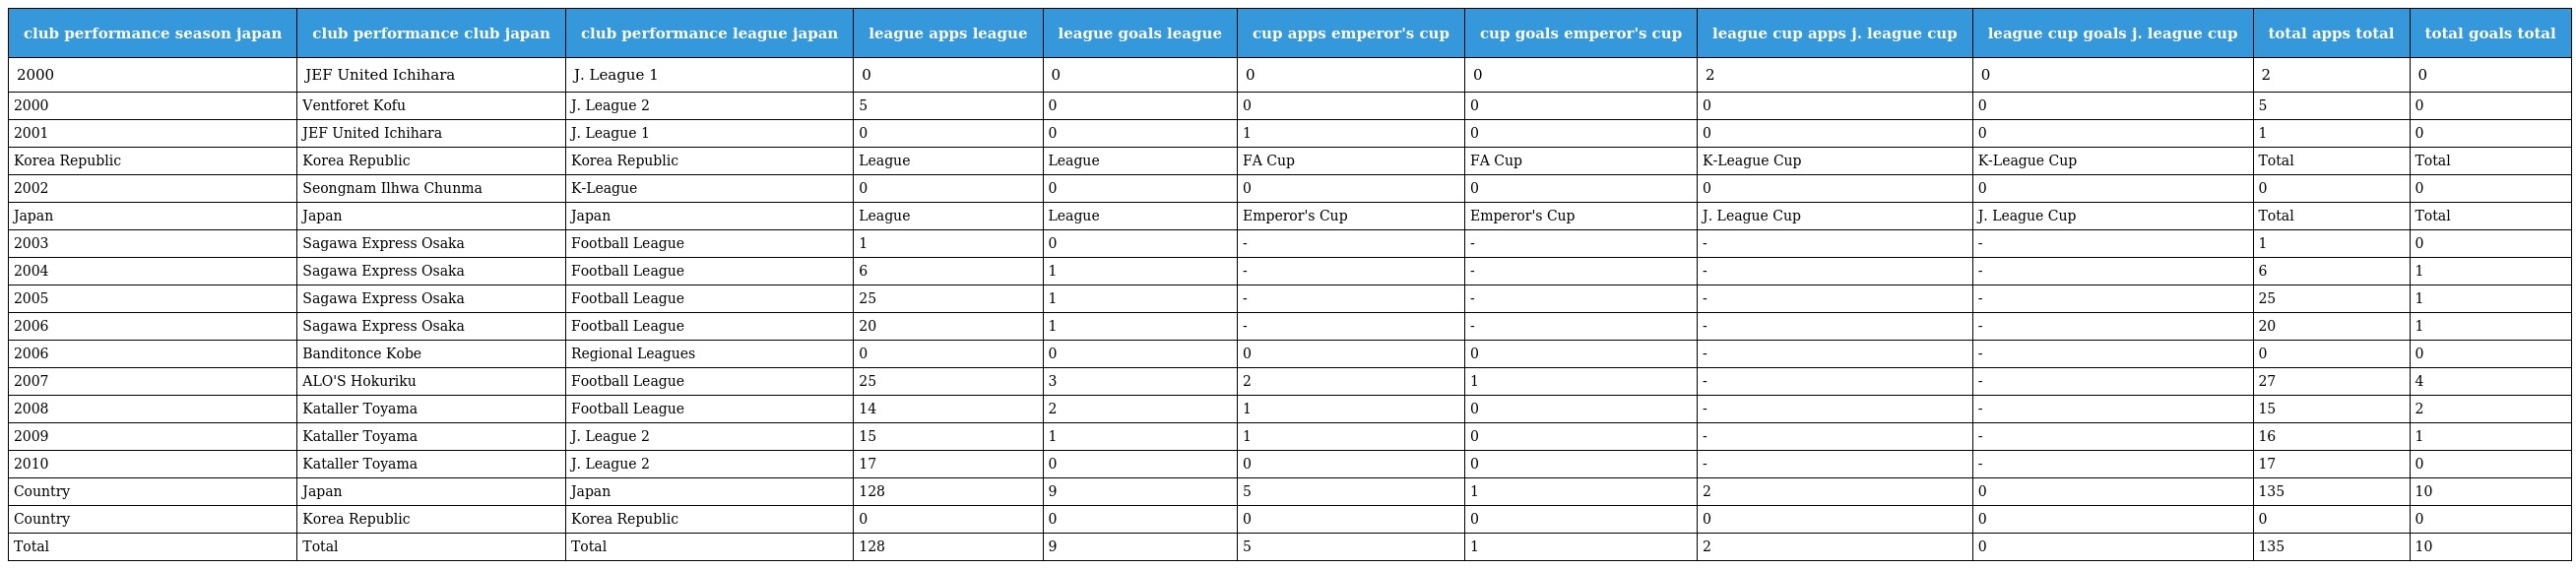
| club performance season japan | club performance club japan | club performance league japan | league apps league | league goals league | cup apps emperor's cup | cup goals emperor's cup | league cup apps j. league cup | league cup goals j. league cup | total apps total | total goals total |
 | --- | --- | --- | --- | --- | --- | --- | --- | --- | --- | --- |
 | 2000 | JEF United Ichihara | J. League 1 | 0 | 0 | 0 | 0 | 2 | 0 | 2 | 0 |
 | 2000 | Ventforet Kofu | J. League 2 | 5 | 0 | 0 | 0 | 0 | 0 | 5 | 0 |
 | 2001 | JEF United Ichihara | J. League 1 | 0 | 0 | 1 | 0 | 0 | 0 | 1 | 0 |
 | Korea Republic | Korea Republic | Korea Republic | League | League | FA Cup | FA Cup | K-League Cup | K-League Cup | Total | Total |
 | 2002 | Seongnam Ilhwa Chunma | K-League | 0 | 0 | 0 | 0 | 0 | 0 | 0 | 0 |
 | Japan | Japan | Japan | League | League | Emperor's Cup | Emperor's Cup | J. League Cup | J. League Cup | Total | Total |
 | 2003 | Sagawa Express Osaka | Football League | 1 | 0 | - | - | - | - | 1 | 0 |
 | 2004 | Sagawa Express Osaka | Football League | 6 | 1 | - | - | - | - | 6 | 1 |
 | 2005 | Sagawa Express Osaka | Football League | 25 | 1 | - | - | - | - | 25 | 1 |
 | 2006 | Sagawa Express Osaka | Football League | 20 | 1 | - | - | - | - | 20 | 1 |
 | 2006 | Banditonce Kobe | Regional Leagues | 0 | 0 | 0 | 0 | - | - | 0 | 0 |
 | 2007 | ALO'S Hokuriku | Football League | 25 | 3 | 2 | 1 | - | - | 27 | 4 |
 | 2008 | Kataller Toyama | Football League | 14 | 2 | 1 | 0 | - | - | 15 | 2 |
 | 2009 | Kataller Toyama | J. League 2 | 15 | 1 | 1 | 0 | - | - | 16 | 1 |
 | 2010 | Kataller Toyama | J. League 2 | 17 | 0 | 0 | 0 | - | - | 17 | 0 |
 | Country | Japan | Japan | 128 | 9 | 5 | 1 | 2 | 0 | 135 | 10 |
 | Country | Korea Republic | Korea Republic | 0 | 0 | 0 | 0 | 0 | 0 | 0 | 0 |
 | Total | Total | Total | 128 | 9 | 5 | 1 | 2 | 0 | 135 | 10 |